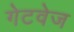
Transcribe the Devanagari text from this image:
गेटवेज